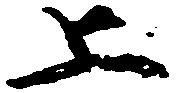
上